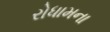
રોધામના